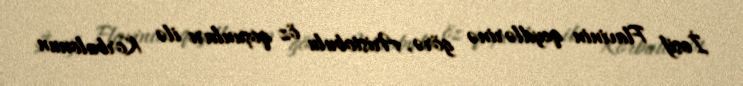
İosif Flavinin qeydlərinə görə, Aristobulu öz qoşunları ilə Korbulonun